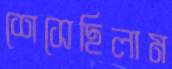
শেসেছিলাম